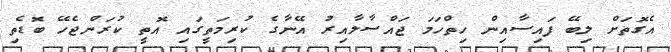
އެގޮތަށް ލިބޭ ފައިސާއިން ހިތްހަމަ ޖައްސާލާއިރު އޭނާގެ ކުރިމަތީގައި އޮތީ ކުރަންޖެހޭ ބޮޑެތި